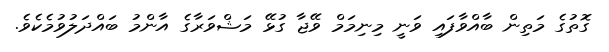
ގޮތުގެ މަތިން ބާއްވާފައި ވަނީ މިނިމަމް ވޭޖާ ގުޅޭ މަޝްވަރާގެ އާންމު ބައްދަލުވުމެކެވެ.